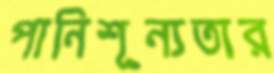
পানিশূন্যতার